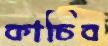
কাচিব